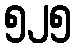
၅၂၅